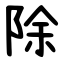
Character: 除